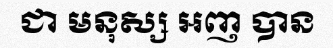
ជា មនុស្ស អញ បាន